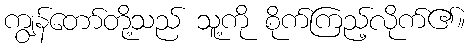
ကျွန်တော်တို့သည် သူ့ကို စိုက်ကြည့်လိုက်၏။